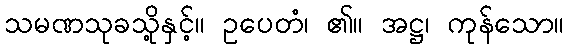
သမဏသုခသို့နှင့်။ ဥပေတံ၊ ၏။ အဋ္ဌ၊ ကုန်သော။